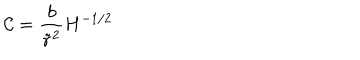
LaTeX: \mathcal { C } = \frac { b } { \tilde { r } ^ { 2 } } H ^ { - 1 / 2 }